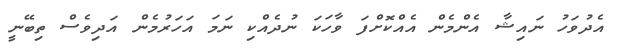
އެދުވަހު ނައިޝާ އެންމެން އެއްކޮށްފަ ވާހަކަ ނުދެއްކި ނަމަ އަހަރުމެން އަދިވެސް ތިބޭނީ